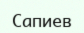
Сапиев